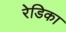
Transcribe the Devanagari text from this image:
रेडिका